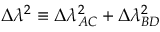
\Delta \lambda ^ { 2 } \equiv \Delta \lambda _ { A C } ^ { 2 } + \Delta \lambda _ { B D } ^ { 2 }